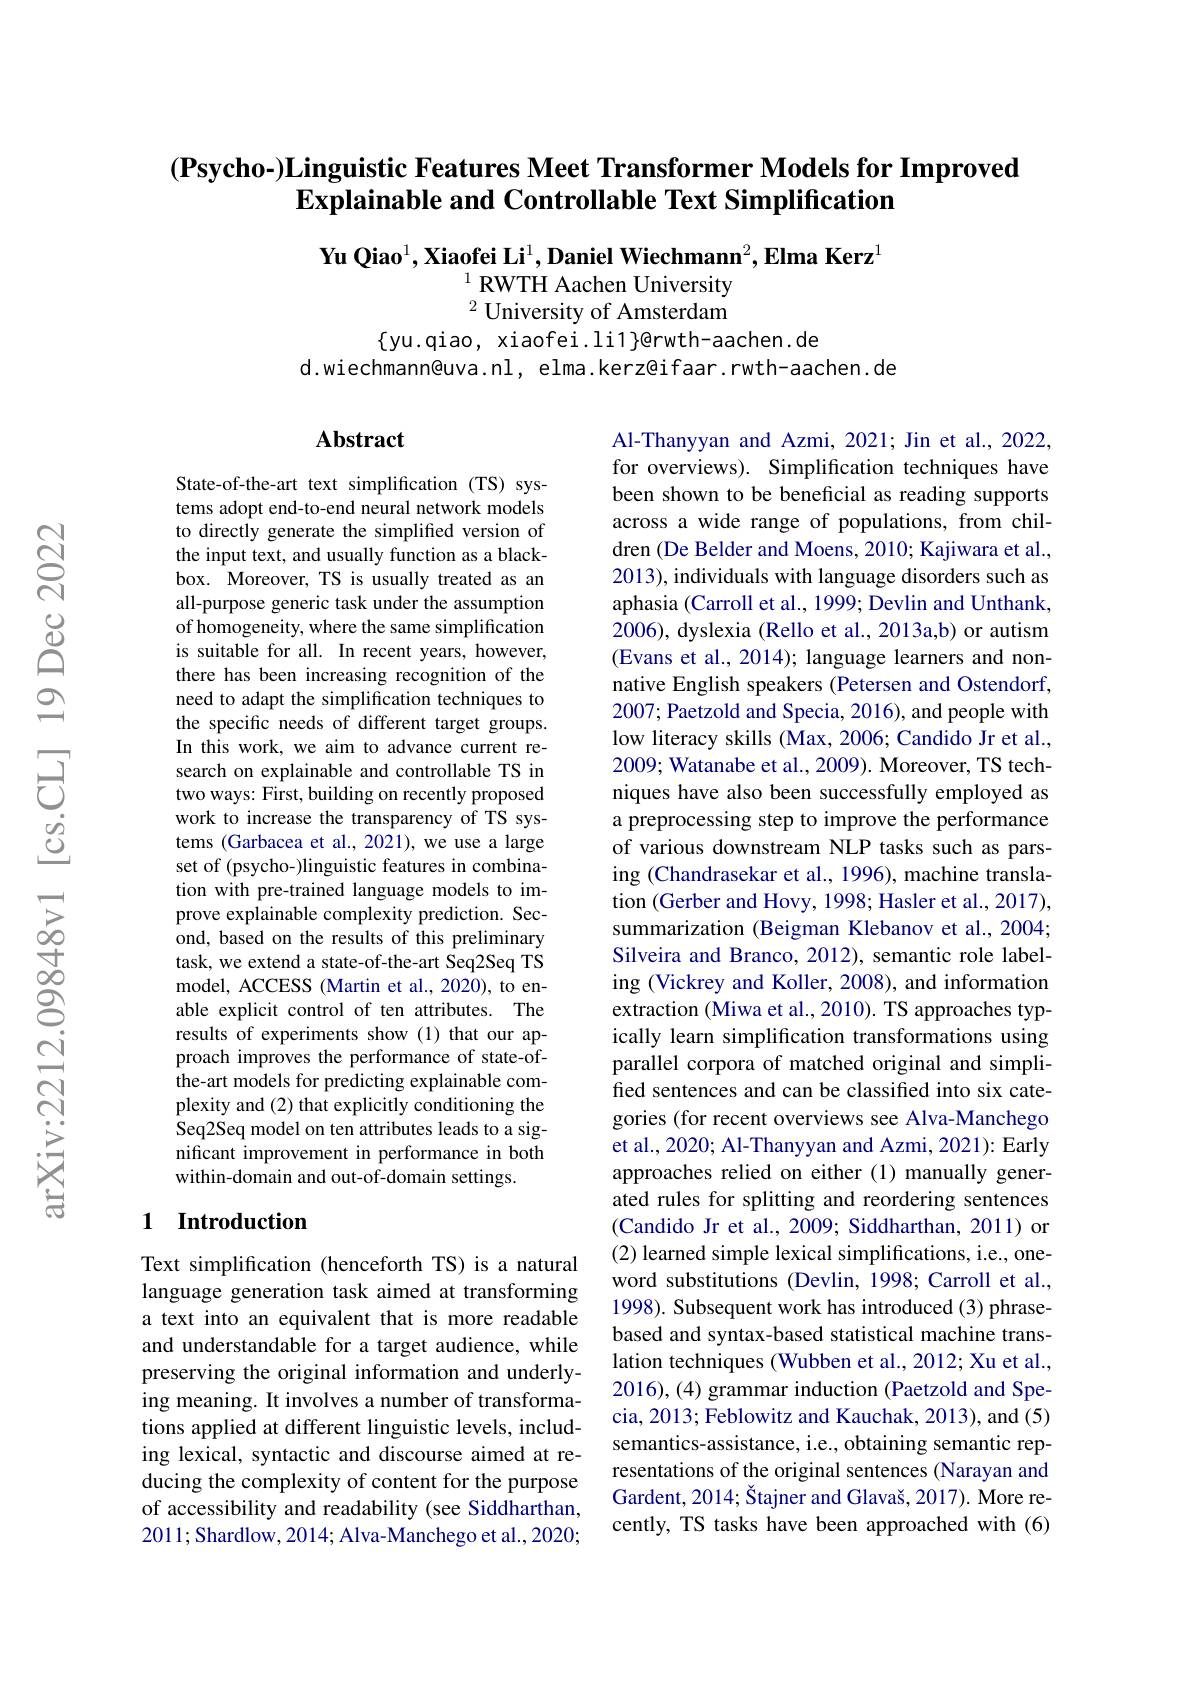
## $( \textbf{Psycho- ) Linguistic Features Meet Transformer Models for Improved}$ $\textbf{Explainable and Controllable Text Simplification}$

Yu Qiao$^1,\textbf{Xiaofei Li}^1,\textbf{Daniel Wiechmann}^2,\textbf{Elma Kerz}^1$
$^{1}$ RWTH Aachen University $^2$ University of Amsterdam

$\{$yu.qiao, xiaofei.li1$\}$@rwth-aachen.de
d.wiechmann@uva.nl, elma.kerz@ifaar.rwth-aachen.de

### Abstract

State-of-the-art text simplification (TS) systems adopt end-to-end neural network models to directly generate the simplified version of the input text, and usually function as a blackbox. Moreover, TS is usually treated as an all-purpose generic task under the assumption of homogeneity, where the same simplification is suitable for all. In recent years, however, there has been increasing recognition of the need to adapt the simplification techniques to the specific needs of different target groups. In this work, we aim to advance current research on explainable and controllable TS in two ways: First, building on recently proposed work to increase the transparency of TS systems (Garbacea et al., 2021), we use a large set of (psycho-)linguistic features in combination with pre-trained language models to improve explainable complexity prediction. Second, based on the results of this preliminary task, we extend a state-of-the-art Seq2Seq TS model, ACCESS (Martin et al.,2020), to enable explicit control of ten attributes. The results of experiments show (1) that our approach improves the performance of state-ofthe-art models for predicting explainable complexity and (2) that explicitly conditioning the Seq2Seq model on ten attributes leads to a significant improvement in performance in both within-domain and out-of-domain settings.

Al-Thanyyan and Azmi, 2021; Jin et al., 2022, for overviews). Simplification techniques have been shown to be beneficial as reading supports across a wide range of populations, from children (De Belder and Moens, 2010; Kajiwara et al., 2013), individuals with language disorders such as aphasia (Carroll et al., 1999; Devlin and Unthank, 2006), dyslexia (Rello et al., 2013a,b) or autism (Evans et al., 2014); language learners and nonnative English speakers (Petersen and Ostendorf, 2007; Paetzold and Specia, 2016), and people with low literacy skills (Max, 2006; Candido Jr et al., 2009; Watanabe et al., 2009). Moreover, TS techniques have also been successfully employed as a preprocessing step to improve the performance of various downstream NLP tasks such as parsing (Chandrasekar et al., 1996), machine translation (Gerber and Hovy, 1998; Hasler et al., 2017), summarization (Beigman Klebanov et al., 2004; Silveira and Branco, 2012), semantic role labeling (Vickrey and Koller, 2008), and information extraction (Miwa et al.,2010). TS approaches typically learn simplification transformations using parallel corpora of matched original and simplified sentences and can be classified into six categories (for recent overviews see Alva-Manchego et al., 2020; Al-Thanyyan and Azmi, 2021): Early approaches relied on either (1) manually generated rules for splitting and reordering sentences (Candido Jr et al., 2009; Siddharthan, 2011) or (2) learned simple lexical simplifications, i.e., oneword substitutions (Devlin, 1998; Carroll et al., 1998). Subsequent work has introduced (3) phrasebased and syntax-based statistical machine translation techniques (Wubben et al., 2012; Xu et al., 2016), (4) grammar induction (Paetzold and Specia, 2013; Feblowitz and Kauchak, 2013), and (5) semantics-assistance, i.e., obtaining semantic representations of the original sentences (Narayan and Gardent, 2014; Štajner and Glavaš, 2017). More recently, TS tasks have been approached with (6)

## 1 Introduction

Text simplification (henceforth TS) is a natural language generation task aimed at transforming a text into an equivalent that is more readable and understandable for a target audience, while preserving the original information and underlying meaning. It involves a number of transformations applied at different linguistic levels, including lexical, syntactic and discourse aimed at reducing the complexity of content for the purpose of accessibility and readability (see Siddharthan, 2011;Shardlow, 2014; Alva-Manchego et al., 2020;